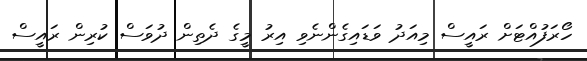
ހޯރަފުއްޓަށް ރައީސް މިއަދު ވަޑައިގެންނެވި އިރު މީގެ ދެތިން ދުވަސް ކުރިން ރައީސް